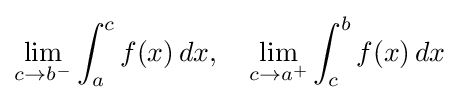
\lim _{c\to b^{-}}\int _{a}^{c}f(x)\,dx,\quad \lim _{c\to a^{+}}\int _{c}^{b}f(x)\,dx